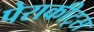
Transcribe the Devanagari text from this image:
पेराकीट्स